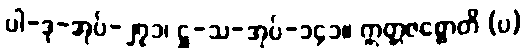
ပါ-ဒု-အုပ်-၂၇၁၊ ဋ္ဌ-သ-အုပ်-၁၄၁။ ဣတ္တဇစ္စောတိ (ပ)